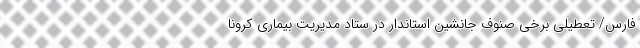
فارس/ تعطیلی برخی صنوف جانشین استاندار در ستاد مدیریت بیماری کرونا